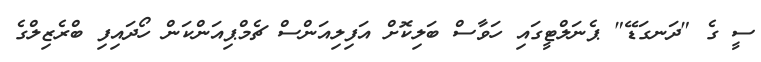
ސީ ގެ "ދަނގަޑޭ" ޕެނަލްޓީގައި ހަވާސް ބަލިކޮށް އަފިލިއަންސް ޗެމްޕިއަންކަން ހޯދައިފި ބްރެޒިލްގެ